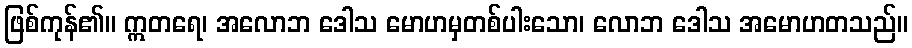
ဖြစ်ကုန်၏။ ဣတရေ၊ အလောဘ ဒေါသ မောဟမှတစ်ပါးသော၊ လောဘ ဒေါသ အမောဟတသည်။